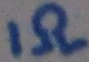
Text: 1Ω